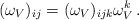
\begin{align*}(\omega_{V})_{ij} = (\omega_{V})_{ijk} \omega^{k}_{V}\,. \end{align*}